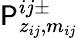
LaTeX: \mathsf{P}_{z_{ij},m_{ij}}^{ij\pm}